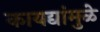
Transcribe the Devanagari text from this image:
कायद्यांमुळे